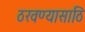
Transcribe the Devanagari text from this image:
ठरवण्यासाठि